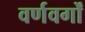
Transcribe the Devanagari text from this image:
वर्णवर्गों